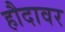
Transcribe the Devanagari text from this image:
हौदावर